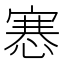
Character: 㥶